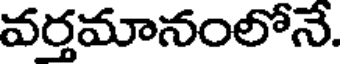
వర్తమానంలోనే.